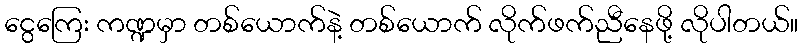
ငွေကြေး ကဏ္ဍမှာ တစ်ယောက်နဲ့ တစ်ယောက် လိုက်ဖက်ညီနေဖို့ လိုပါတယ်။